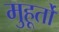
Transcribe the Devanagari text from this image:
मुहूर्तो